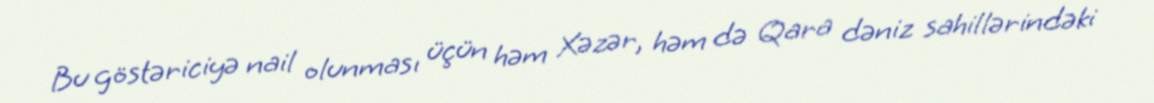
Bu göstəriciyə nail olunması üçün həm Xəzər, həm də Qara dəniz sahillərindəki